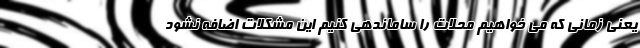
یعنی زمانی که می خواهیم محلات را ساماندهی کنیم این مشکلات اضافه نشود